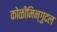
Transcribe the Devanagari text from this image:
कोळीमिन्गुदल